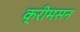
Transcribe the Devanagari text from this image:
क्रीमसन